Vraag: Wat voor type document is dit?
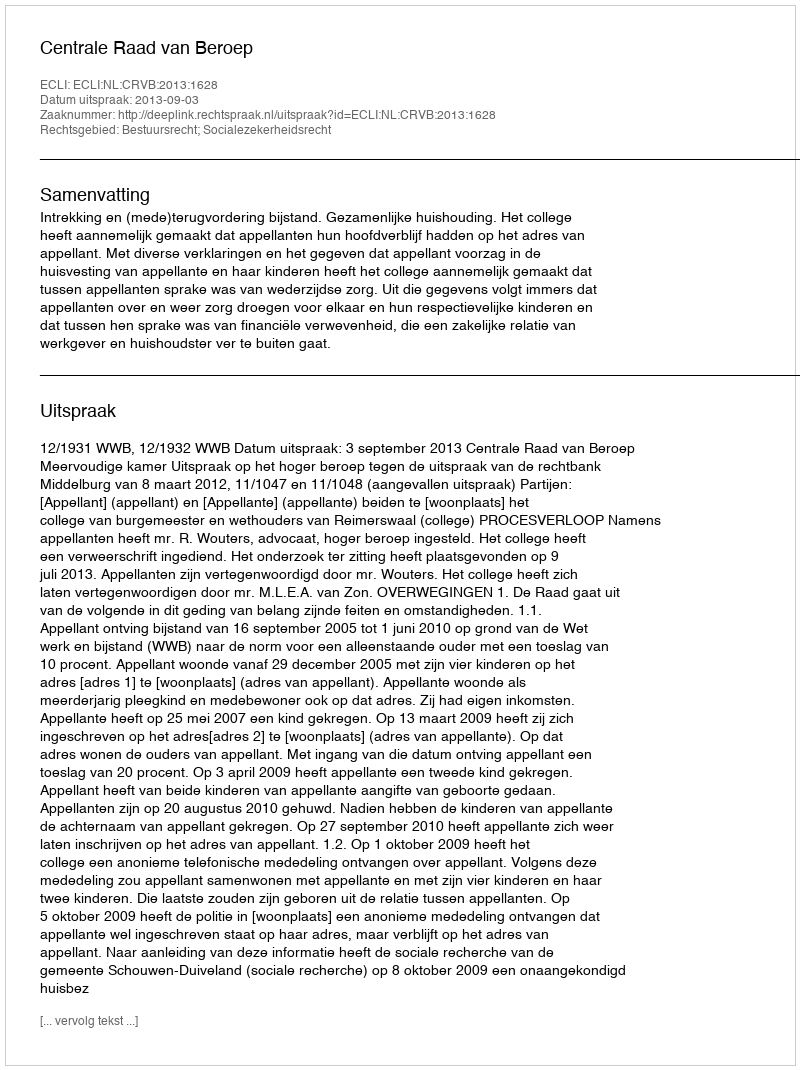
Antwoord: Uitspraak